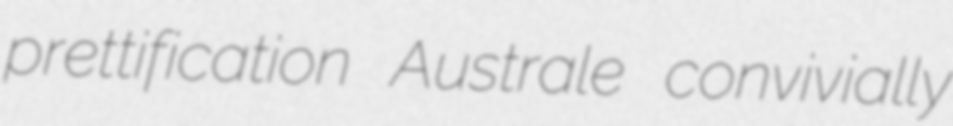
prettification Australe convivially